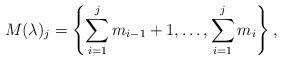
LaTeX: \begin{align*}M(\lambda )_j = \left\{\sum _{i=1}^j m_{i-1}+1,\dots, \sum _{i=1}^j m_i\right\},\end{align*}